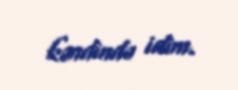
kəndində idim.